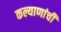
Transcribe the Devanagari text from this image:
कल्याणांची